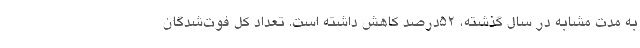
به مدت مشابه در سال گذشته، ۵۲درصد کاهش داشته است. تعداد کل فوت‌شدگان